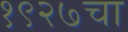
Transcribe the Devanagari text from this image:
१९२७चा